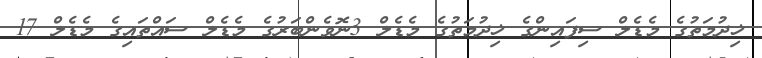
ޚިދުމަތުގެ މެޑެލް ސިފައިންގެ ޚިދުމަތުގެ މެޑެލް 3ނޮވެންބަރުގެ މެޑެލް ސައްތައިގެ މެޑެލް 17